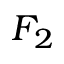
F _ { 2 }